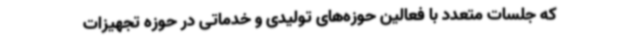
که جلسات متعدد با فعالین حوزه‌های تولیدی و خدماتی در حوزه تجهیزات